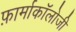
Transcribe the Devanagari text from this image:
फ़ार्माकॉलोजी